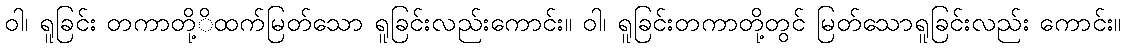
ဝါ၊ ရူခြင်း တကာတို့ိထက်မြတ်သော ရူခြင်းလည်းကောင်း။ ဝါ၊ ရူခြင်းတကာတို့တွင် မြတ်သောရူခြင်းလည်း ကောင်း။